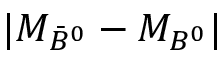
| M _ { \bar { B } ^ { 0 } } - M _ { B ^ { 0 } } |